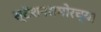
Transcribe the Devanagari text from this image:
स्टेशनसमोरच्या